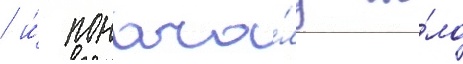
/ и́ понача́лу бы́ло